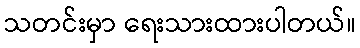
သတင်းမှာ ရေးသားထားပါတယ်။